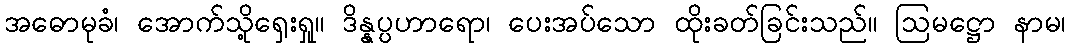
အဓောမုခံ၊ အောက်သို့ရှေးရှု။ ဒိန္နပ္ပဟာရော၊ ပေးအပ်သော ထိုးခတ်ခြင်းသည်။ ဩမဋ္ဌော နာမ၊